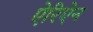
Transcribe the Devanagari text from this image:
ऐरिऐन